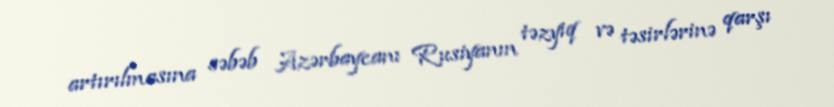
artırılmasına səbəb Azərbaycanı Rusiyanın təzyiq və təsirlərinə qarşı